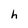
Character: h